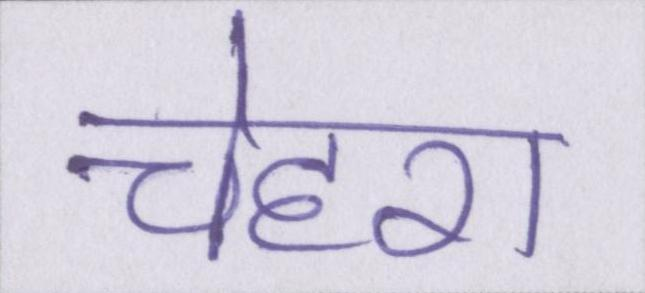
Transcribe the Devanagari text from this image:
चेहरा